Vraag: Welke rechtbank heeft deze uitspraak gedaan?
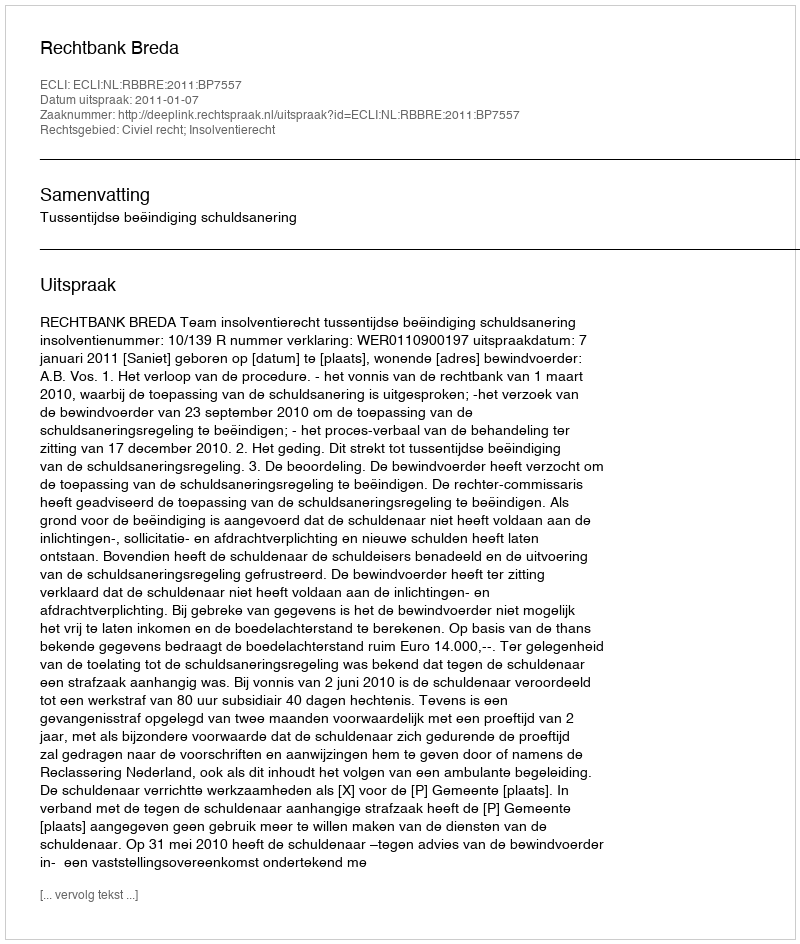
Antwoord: Rechtbank Breda